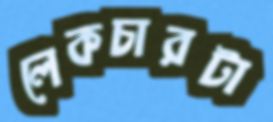
লেকচারটা